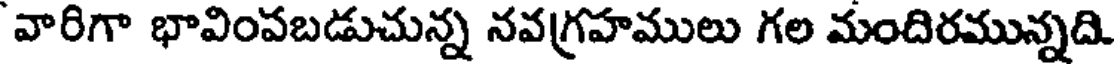
వారిగా భావింపబడుచున్న నవగ్రహములు గల మందిరమున్నది.